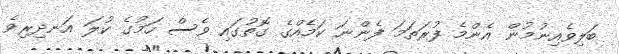
ބަލިވެއިނުމުން އެންމެ ފުރަތަމަ ފެންނަ ކަމެއްގެ ގޮތުގައި ވެސް ހަމުގެ ކުލަ އަނދިރިވެ